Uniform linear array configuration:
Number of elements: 12
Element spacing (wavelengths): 1
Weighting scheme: hann
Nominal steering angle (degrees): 15
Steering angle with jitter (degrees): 14.077
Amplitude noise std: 0.05
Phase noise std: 0.05

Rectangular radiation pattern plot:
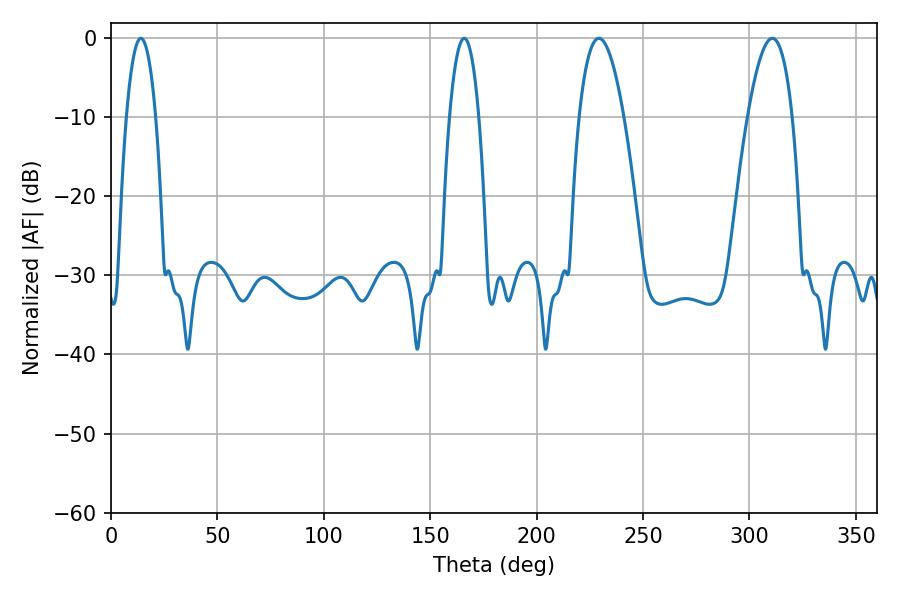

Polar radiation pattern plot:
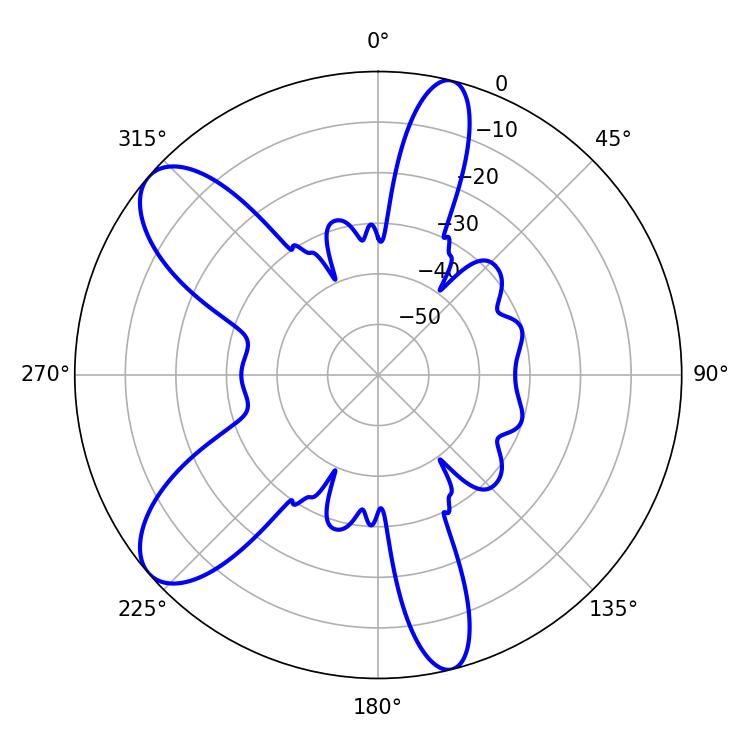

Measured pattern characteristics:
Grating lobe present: TRUE
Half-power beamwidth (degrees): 7.56
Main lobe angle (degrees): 14.04